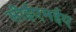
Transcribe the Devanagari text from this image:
सीईएमईए